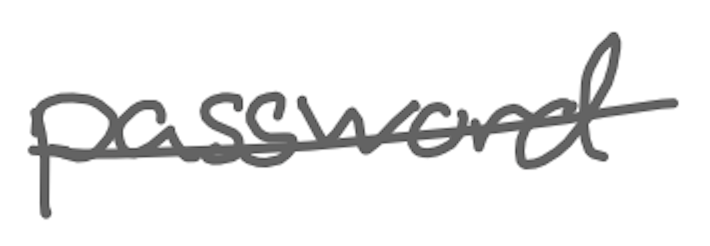
Text: password
Cross-out: single-line
Writing tool: digital_gray